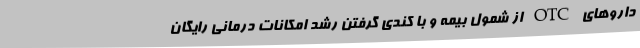
داروهای OTC از شمول بیمه و با کندی گرفتن رشد امکانات درمانی رایگان